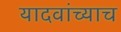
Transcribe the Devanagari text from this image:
यादवांच्याच